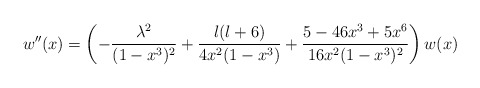
\begin{align*}w''(x) = \left( - \frac{\lambda^2}{(1-x^3)^2} + \frac{l(l+6)}{4 x^2 (1-x^3)}+\frac{5- 46 x^3 + 5 x^6}{16 x^2 (1-x^3)^2}\right) w(x)\,\end{align*}